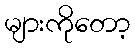
များကိုတော့